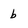
Character: b